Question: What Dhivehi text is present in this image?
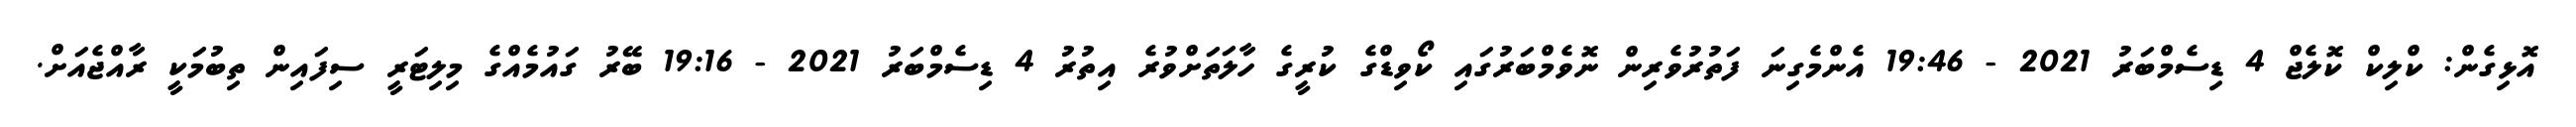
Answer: އޮޅިގެން: ކްލިކް ކޮލެޖް 4 ޑިސެމްބަރު 2021 - 19:46 އެންމެގިނަ ފަތުރުވެރިން ނޮވެމްބަރުގައި ކޯވިޑްގެ ކުރީގެ ހާލަތަށްވުރެ އިތުރު 4 ޑިސެމްބަރު 2021 - 19:16 ބޭރު ގައުމެއްގެ މިލިޓަރީ ސިފައިން ތިބުމަކީ ރާއްޖެއަށް.